Report on malaria in the Punjab during the year ...  together with an account of the work of the Punjab Malaria Bureau - Volume 5
Disease focus: Malaria
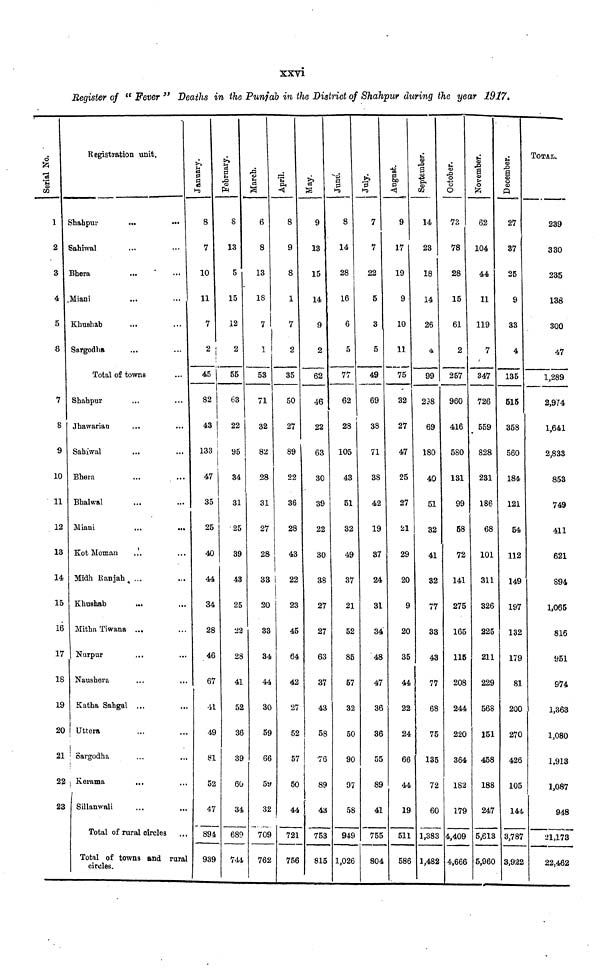
xxvi
Register of " Fever " Deaths in the Punjab in the District of Shahpur during the year 1917,
Serial No.
1
2
3
4
5
6
8
10
11
12
13
14
15
16
17
18
19
20
21
22
23
Registration unit.
Shahpur
...
...
Sahiwal
Bhera
JMiani
Khushab
Sargodha
Total of towns
Shahpur
Jhawarian
Sahiwal
Bhera
Bhalwal
Miani
...
...
Kot Moman
Midh Ranjah ...
Khushab
Mitha Tiwana ...
Nurpur
Naushera
Katha Sahgal ...
Uttera
Sargodha
Kerama
...
...
Sillanwali
Total of rural circles
Total of towns and rural
circles.
January.
8
7
10
11
7
2
45
82
43
133
47
35
25
40
44
34
28
46
67
11
49
81
52
47
894
939
February.
8
13
5
15
12
2
55
63
22
95
34
31
25
39
43
25
22
28
41
52
36
39
60
34
689
744
March.
6
8
13
18
7
1
53
71
32
82
28
31
27
28
33
20
33
34
44
30
59
66
59
32
709
762
April.
8
9
8
1
7
2
35
50
27
89
22
36
28
43
22
23
45
64
42
27
52
57
50
44
721
756
May.
9
13
15
14
9
2
62
46
22
63
30
39
22
30
38
27
27
63
37
43
58
76
89
43
753
815
June.
8
14
28
16
6
5
77
62
28
105
43
51
32
49
37
21
52
85
57
32
50
90
97
58
949
1,026
July.
7
7
22
5
3
5
49
69
38
71
38
42
19
37
24
31
34
48
47
36
36
55
89
41
755
804
August.
9
17
19
9
10
11
75
32
27
47
25
27
21
29
20
9
20
35
44
22
24
66
44
19
511
586
September.
|
14
23
18
14
26
4
99
238
69
180
40
51
32
41
32
77
33
43
77
68
75
135
72
60
1,383
1,482
October.
73
78
28
15
61
2
257
960
416
580
131
99
58
72
141
275
165
115
208
244
220
364
182
179
4,409
4,666
November.
62
104
44
11
119
7
347
726
559
828
231
186
68
101
311
326
225
211
229
568
151
458
188
247
5,613
5,960
December.
27
37
25
9
33
4
135
515
358
560
184
121
54
112
149
197
132
179
81
200
270
426
105
144
3,787
3,922
TOTAI,.
239
330
235
13S
300
47
1,289
2,974
1,641
2,833
853
749
411
621
894
1,065
816
951
974
1,363
1,080
1,913
1,087
948
21,173
22,462